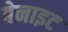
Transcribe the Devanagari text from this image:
बेनाइट